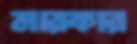
মারকার